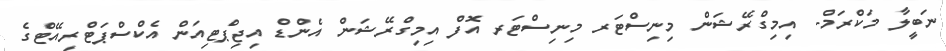
ނަބީލާ މަކްރަމް- އިމިގްރޭޝަން މިނިސްޓަރ މިނިސްޓަރ އޮފް އިމިގްރޭޝަން އެންޑް އިޖިޕްޓިއަން އެކްސްޕަޓްރިއޭޓްގެ